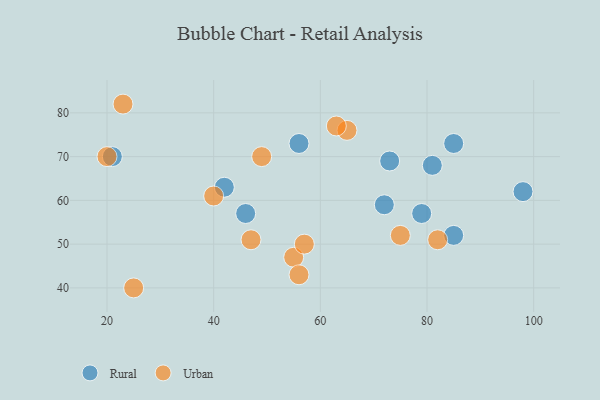
{"axis": {"x": "GDP", "y": "Life Expectancy"}, "legend": ["Rural", "Urban"], "data": [{"x": "85", "y": 73, "type": "Rural"}, {"x": "56", "y": 73, "type": "Rural"}, {"x": "79", "y": 57, "type": "Rural"}, {"x": "98", "y": 62, "type": "Rural"}, {"x": "46", "y": 57, "type": "Rural"}, {"x": "42", "y": 63, "type": "Rural"}, {"x": "21", "y": 70, "type": "Rural"}, {"x": "81", "y": 68, "type": "Rural"}, {"x": "73", "y": 69, "type": "Rural"}, {"x": "85", "y": 52, "type": "Rural"}, {"x": "72", "y": 59, "type": "Rural"}, {"x": "55", "y": 47, "type": "Urban"}, {"x": "47", "y": 51, "type": "Urban"}, {"x": "56", "y": 43, "type": "Urban"}, {"x": "49", "y": 70, "type": "Urban"}, {"x": "65", "y": 76, "type": "Urban"}, {"x": "23", "y": 82, "type": "Urban"}, {"x": "57", "y": 50, "type": "Urban"}, {"x": "20", "y": 70, "type": "Urban"}, {"x": "40", "y": 61, "type": "Urban"}, {"x": "63", "y": 77, "type": "Urban"}, {"x": "82", "y": 51, "type": "Urban"}, {"x": "75", "y": 52, "type": "Urban"}, {"x": "25", "y": 40, "type": "Urban"}]}